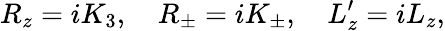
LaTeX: R_{z}=iK_{3},\quad R_{\pm}=iK_{\pm},\quad L_{z}^{\prime}=iL_{z},